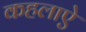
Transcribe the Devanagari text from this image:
कहलाऐ